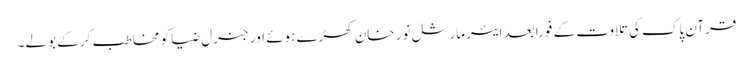
قرآن پاک کی تلاوت کے فورا بعد ایئرمارشل نور خان کھڑے ہوئے اور جنرل ضیا کو مخاطب کر کے بولے۔